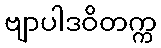
ဗျာပါဒဝိတက္က